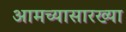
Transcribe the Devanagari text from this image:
आमच्यासारख्या